Report on horse surra - Volume I
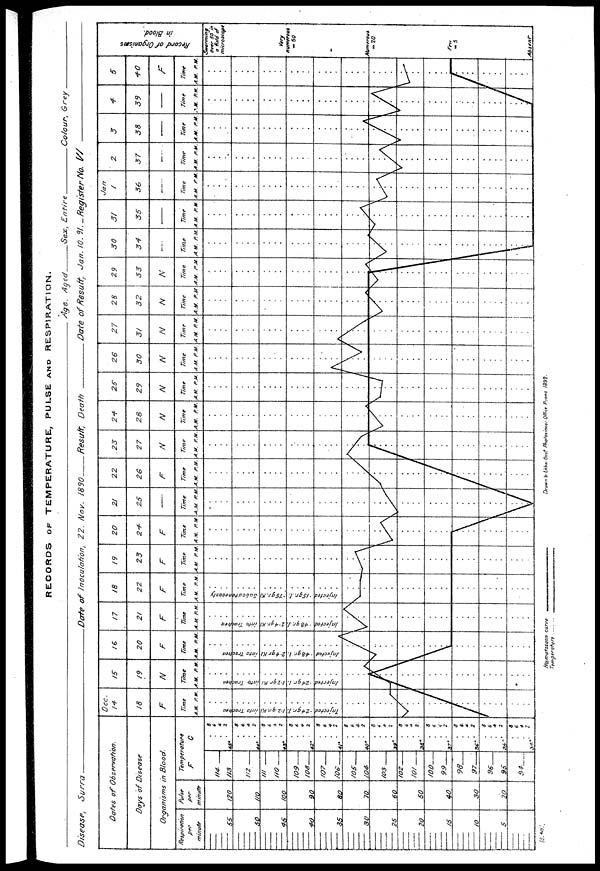
RECORDS OF TEMPERATURE, PULSE AND RESPIRATION.